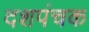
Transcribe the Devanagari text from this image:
दशपंचक